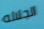
الجلاله